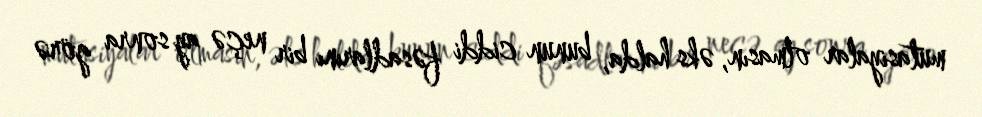
mutasiyalar olmasın, əks halda, bunun ciddi fəsadlarını bir neçə ay sonra görə